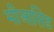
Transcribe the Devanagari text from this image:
मीआसिड